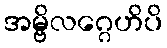
အမ္ဗိလဂ္ဂေဟိပိ